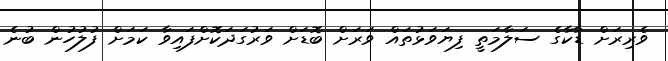
ވެރިރަށް ޑާކާގެ ސަލާމަތީ ފިޔަވަޅުތައް ވަރަށް ބޮޑަށް ވަރުގަދަކޮށްފައިވާ ކަމަށް ފުލުހުން ބުނެ